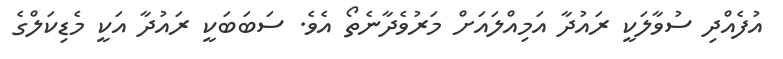
އުފެއްދި ސުވާލަކީ ރައުދާ އަމިއްލައަށް މަރުވެދާނެތޯ އެވެ. ސަބަބަކީ ރައުދާ އަކީ މެޑިކަލްގެ